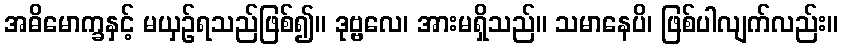
အဓိမောက္ခနှင့် မယှဉ်ရသည်ဖြစ်၍။ ဒုဗ္ဗလေ၊ အားမရှိသည်။ သမာနေပိ၊ ဖြစ်ပါလျက်လည်း။